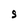
Character: S